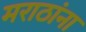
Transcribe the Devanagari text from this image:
मराठांना